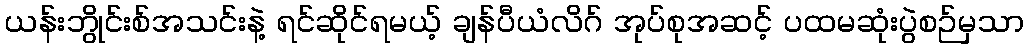
ယန်းဘွိုင်းစ်အသင်းနဲ့ ရင်ဆိုင်ရမယ့် ချန်ပီယံလိဂ် အုပ်စုအဆင့် ပထမဆုံးပွဲစဉ်မှသာ